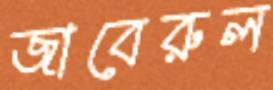
জাবেরুল